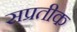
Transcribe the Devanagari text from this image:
सप्रतीक